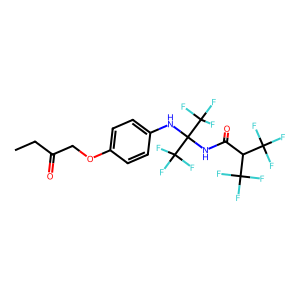
SMILES: CCC(=O)COc1ccc(NC(NC(=O)C(C(F)(F)F)C(F)(F)F)(C(F)(F)F)C(F)(F)F)cc1
Inhibits HIV replication: No